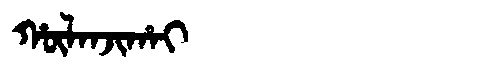
Manchu: ᡥᡡᠯᠠᠨᠵᡳᡥᠠᡳ
Romanization: HŪLANJIHAI